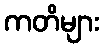
ကတိများ